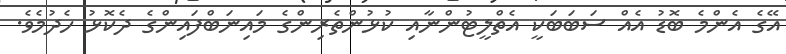
އޭގެ އެންމެ ބޮޑު އެއް ސަބަބަކީ އެތްލީޓުންނާއި ކުޅުންތެރިންގެ މައިނަބްފައިންގެ ދެކޮޅު ހެދުމެވެ.